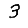
Digit: 3